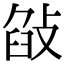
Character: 𢽣